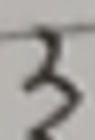
3